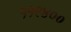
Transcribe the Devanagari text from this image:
११९४००